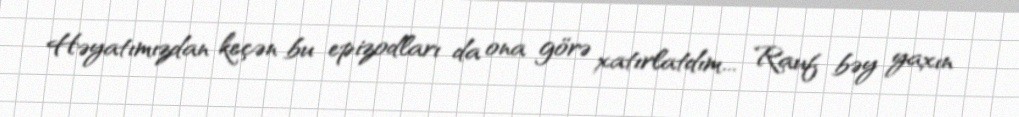
Həyatımızdan keçən bu epizodları da ona görə xatırlatdım... Rauf bəy yaxın